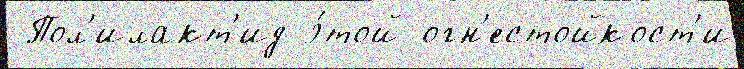
 Пол'илакт'ид э́той огн'естойкост'и